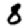
Digit: 8